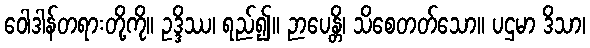
ဝေါဒါန်တရားတို့ကို။ ဥဒ္ဒိဿ၊ ရည်၍။ ဉာပေန္တိ၊ သိစေတတ်သော။ ပဌမာ ဒိသာ၊